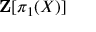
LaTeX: \mathbf { Z } [ \pi _ { 1 } ( X ) ]